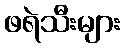
ဖရဲသီးများ